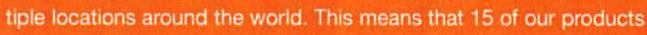
tiple locations around the world. This means that 15 of our products